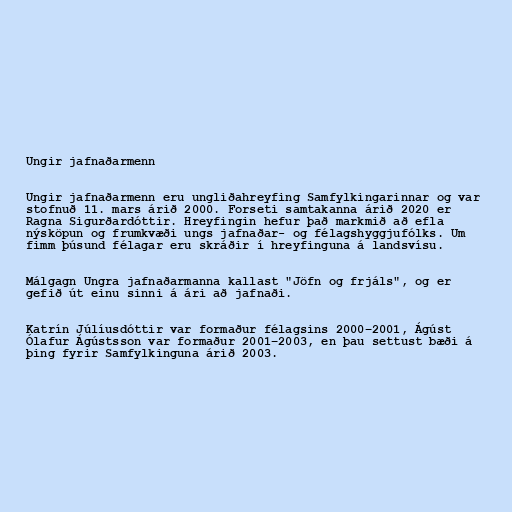
Ungir jafnaðarmenn

Ungir jafnaðarmenn eru ungliðahreyfing Samfylkingarinnar og var
stofnuð 11. mars árið 2000. Forseti samtakanna árið 2020 er
Ragna Sigurðardóttir. Hreyfingin hefur það markmið að efla
nýsköpun og frumkvæði ungs jafnaðar- og félagshyggjufólks. Um
fimm þúsund félagar eru skráðir í hreyfinguna á landsvísu.

Málgagn Ungra jafnaðarmanna kallast "Jöfn og frjáls", og er
gefið út einu sinni á ári að jafnaði.

Katrín Júlíusdóttir var formaður félagsins 2000–2001, Ágúst
Ólafur Ágústsson var formaður 2001–2003, en þau settust bæði á
þing fyrir Samfylkinguna árið 2003.